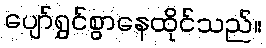
ပျော်ရွှင်စွာနေထိုင်သည်။